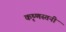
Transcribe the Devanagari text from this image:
कृष्णस्तनी